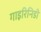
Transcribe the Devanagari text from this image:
गाइरिनिडी